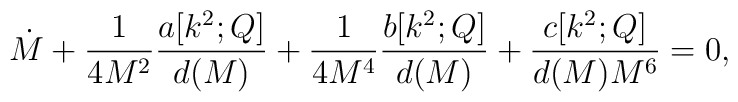
\dot{M} + \frac{1}{4M^2} \frac{a[k^2; Q]}{d(M)} + \frac{1}{4M^4} \frac{b[k^2; Q]}{d(M)}+ \frac{c[k^2; Q]}{d(M) M^6}= 0,